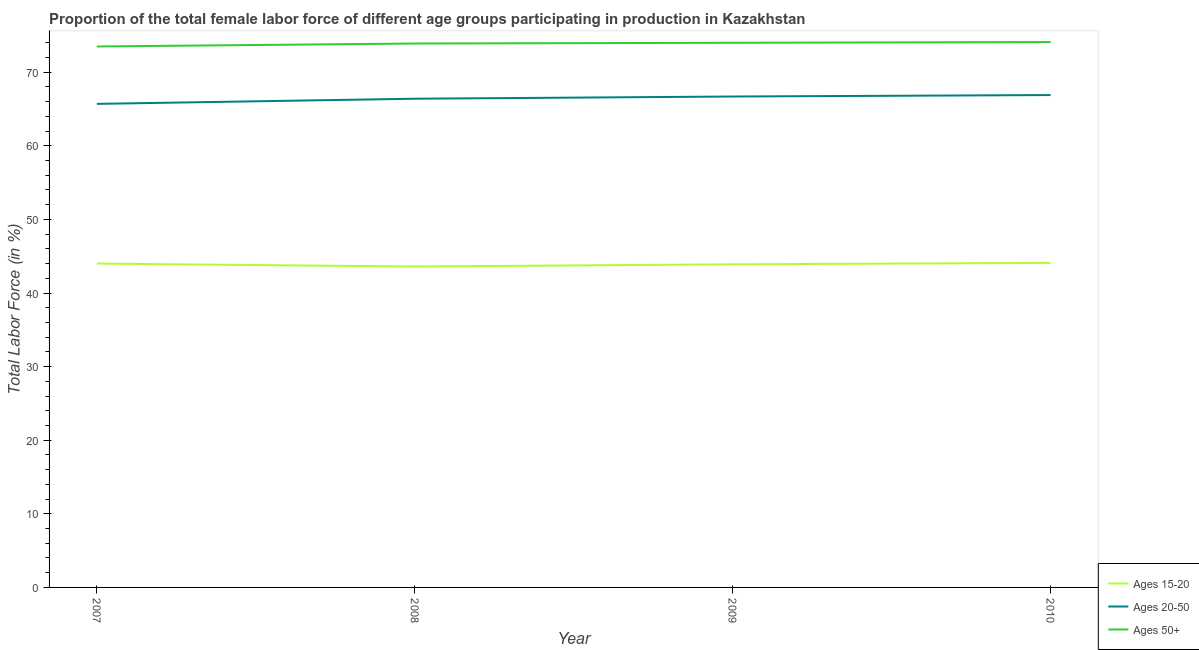
| Year | Ages 15-20 | Ages 20-50 | Ages 50+ |
 | --- | --- | --- | --- |
 | 2007 | 44 | 65.7 | 73.5 |
 | 2008 | 43.6 | 66.4 | 73.9 |
 | 2009 | 43.9 | 66.7 | 74 |
 | 2010 | 44.1 | 66.9 | 74.1 |